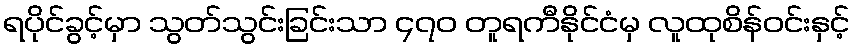
ရပိုင်ခွင့်မှာ သွတ်သွင်းခြင်းသာ ၄၇၀ တူရကီနိုင်ငံမှ လူထုစိန်ဝင်းနှင့်